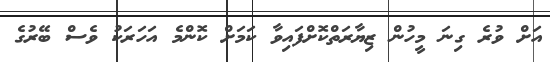
އަށް ވުރެ ގިނަ މީހުން ޒިޔާރަތްކޮށްފައިވާ ކަމަށް ކޮންމެ އަހަރަކު ވެސް ބޭރުގެ